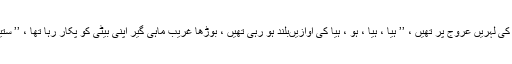
۱۴؍تمبر کی شام میسور ہال ، ماٹونگا میں ، گنگا کی لہریں عروج پر تھیں ، ’’ ہیا ، ہیا ، ہو ، ہیا کی آوازیںبلند ہو رہی تھیں ، بوڑھا غریب ماہی گیر اپنی بیٹی کو پکار رہا تھا ، ’’ ستیہ وتی ، اری او ستیہ وتی ، نوکا کنارے لگا دے ۔